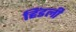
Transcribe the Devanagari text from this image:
हिंडली